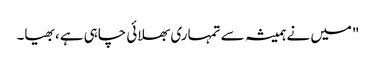
"میں نے ہمیشہ سے تمہاری بھلائی چاہی ہے، بھیا۔